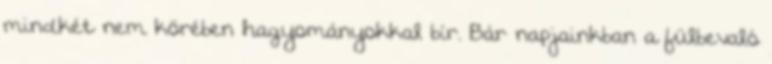
mindkét nem körében hagyományokkal bír. Bár napjainkban a fülbevaló